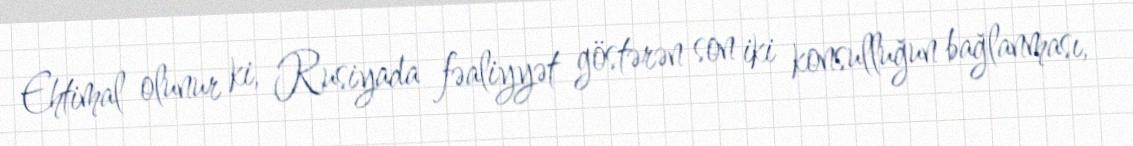
Ehtimal olunur ki, Rusiyada fəaliyyət göstərən son iki konsulluğun bağlanması,